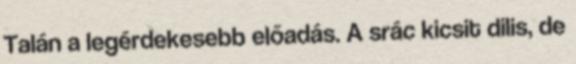
Talán a legérdekesebb előadás. A srác kicsit dilis, de